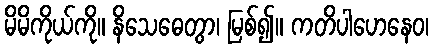
မိမိကိုယ်ကို။ နိသေဓေတွာ၊ မြစ်၍။ ကတိပါဟေနေဝ၊